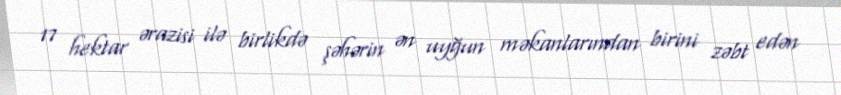
17 hektar ərazisi ilə birlikdə şəhərin ən uyğun məkanlarından birini zəbt edən